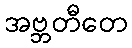
အဗ္ဘတီတေ